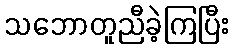
သဘောတူညီခဲ့ကြပြီး